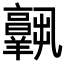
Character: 𦏧